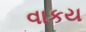
વાકય